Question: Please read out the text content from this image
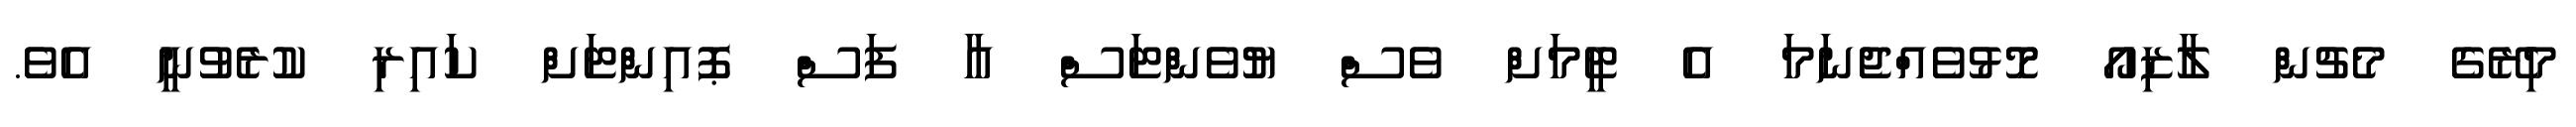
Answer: މިރޭގެ މެޗުން ލާޒިއޯ މޮޅުވެއްޖެނަމަ އެ ޓީމަށް ވެސް ޔުވެންޓަސް އާ ފަސް ޕޮއިންޓަށް ކައިރި ކުރެވުނީ އެވެ.